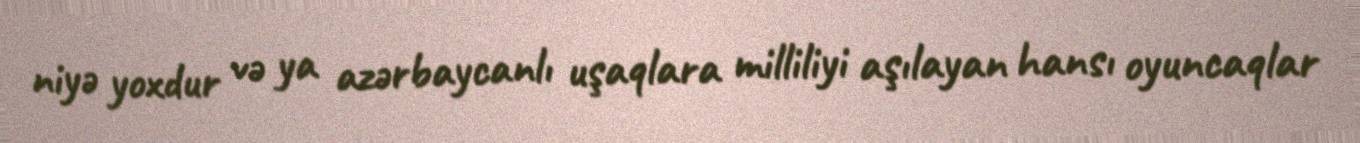
niyə yoxdur və ya azərbaycanlı uşaqlara milliliyi aşılayan hansı oyuncaqlar